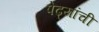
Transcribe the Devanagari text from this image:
पेढ्यांची